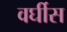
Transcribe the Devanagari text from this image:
वर्घीस